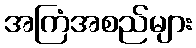
အကြံအစည်များ